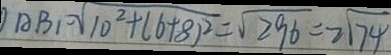
A B _ { 1 } = \sqrt { 1 0 ^ { 2 } + ( 6 + 8 ) ^ { 2 } } = \sqrt { 2 9 6 } = 2 \sqrt { 7 4 }